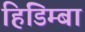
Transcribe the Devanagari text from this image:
हिडिम्‍बा